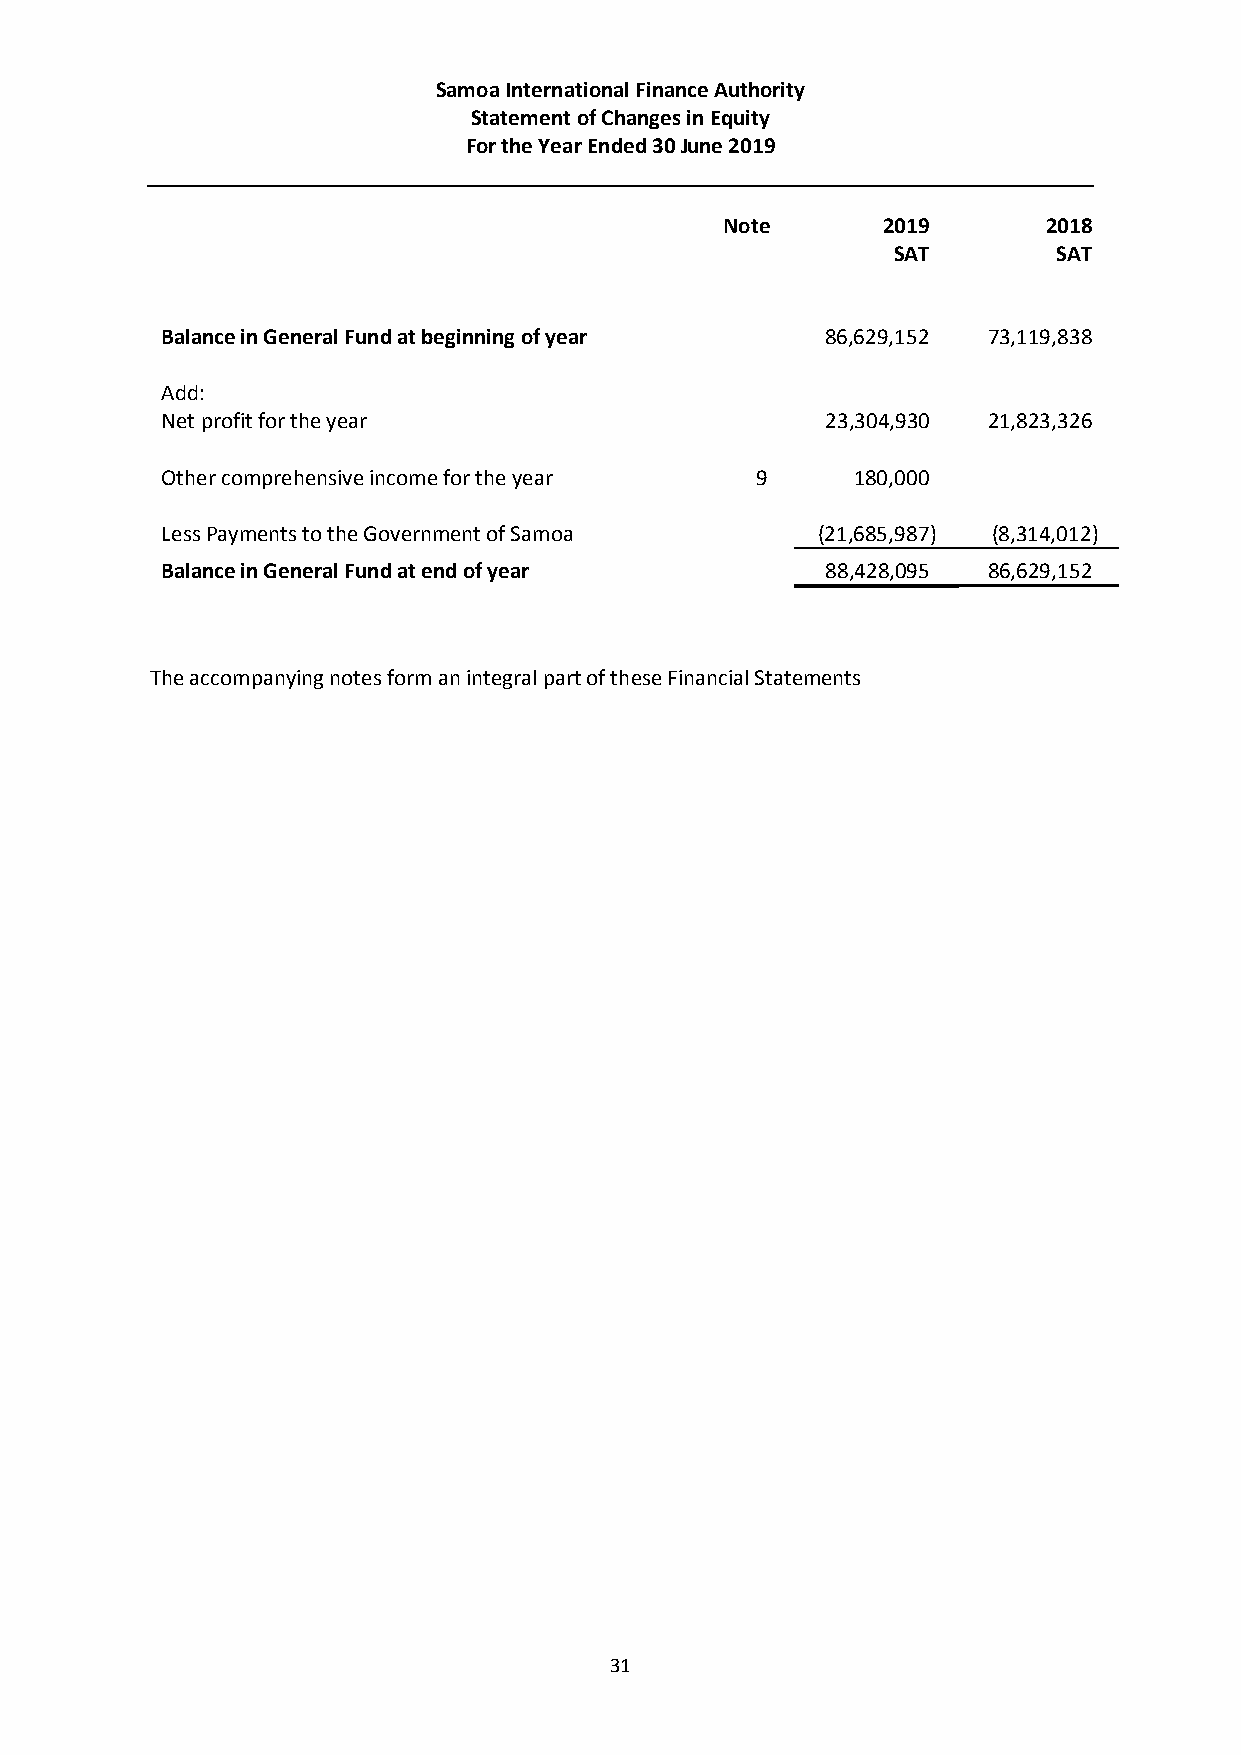
Samoa International Finance Authority
 Statement of Changes in Equity
 For the Year Ended 30 June 2019
 Note      2019       2018
 SAT        SAT
 Balance in General Fund at beginning of year 86,629,152 73,119,838
 Add:
 Net profit for the year                     23,304,930 21,823,326
 Other comprehensive income for the year 9     180,000
 Less Payments to the Government of Samoa   (21,685,987) (8,314,012)
 Balance in General Fund at end of year      88,428,095 86,629,152
 The accompanying notes form an integral part of these Financial Statements
 31